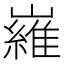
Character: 𡽰